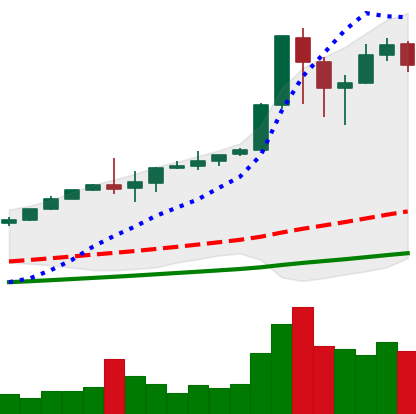
Ticker: BTC-USD
Chart end date: 2017-12-13
Forward return: 16.492%
Label: up_7plus